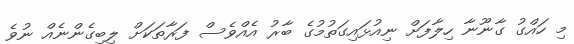
މި ހައްގު ގާނޫނާ ހިލާފަށް ނިއުޅައިގަތުމުގެ ބާރު އެއްވެސް ފަރާތަކަށް ލިބިގެންނެއް ނުވެ